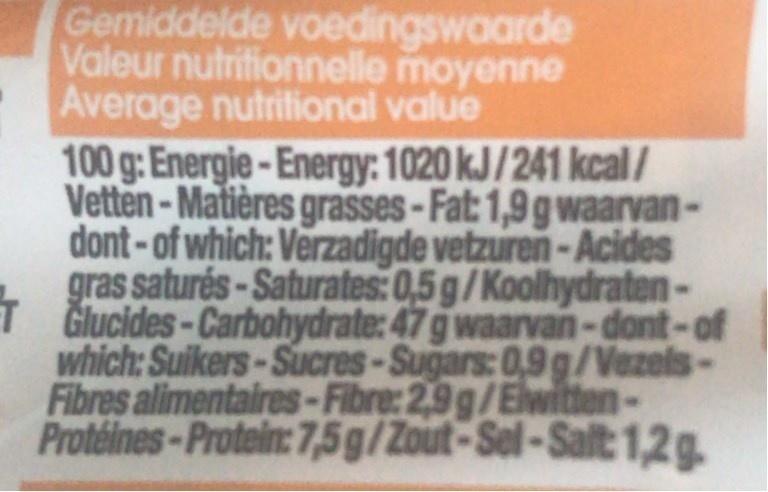
Gemiddelde voedingswaarde
Valeur nutritionnelle moyenne Average nutritional value 100 g: Energie-Energy: 1020 kJ/241 kcal / Vetten - Matières grasses-Fat: 1,9gwaarvan- dont - of which: Verzadigde vetzuren-Acides gras saturés-Saturates: 0,5 g/Koolhydraten- T Glucides-Carbohydrate: 47 g waarvan-dont-of which: Suikers-Sucres-Sugars: 0,9 g/Vezels- Fibres alimentaires-Fibre: 2,9 g/Elwiten Protéines-Protein: 7,5g/Zout-Sel-Salt:1,2g
NY